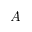
A